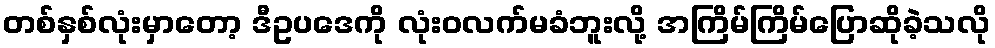
တစ်နှစ်လုံးမှာတော့ ဒီဥပဒေကို လုံးဝလက်မခံဘူးလို့ အကြိမ်ကြိမ်ပြောဆိုခဲ့သလို